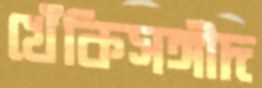
খেঁকিসঙ্গীদ